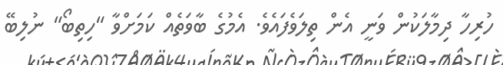
ހުރިހާ ދިމާލަކުން ވަނީ އެން ތިލަވެފައެވެ. އެމުގެ ބާވަތެއް ކަމަށްވާ "ހިތިބޯ" ނުލިބޭ